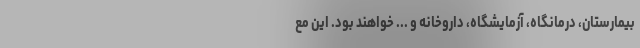
بیمارستان، درمانگاه، آزمایشگاه، داروخانه و ... خواهند بود. این مع